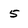
Character: 5